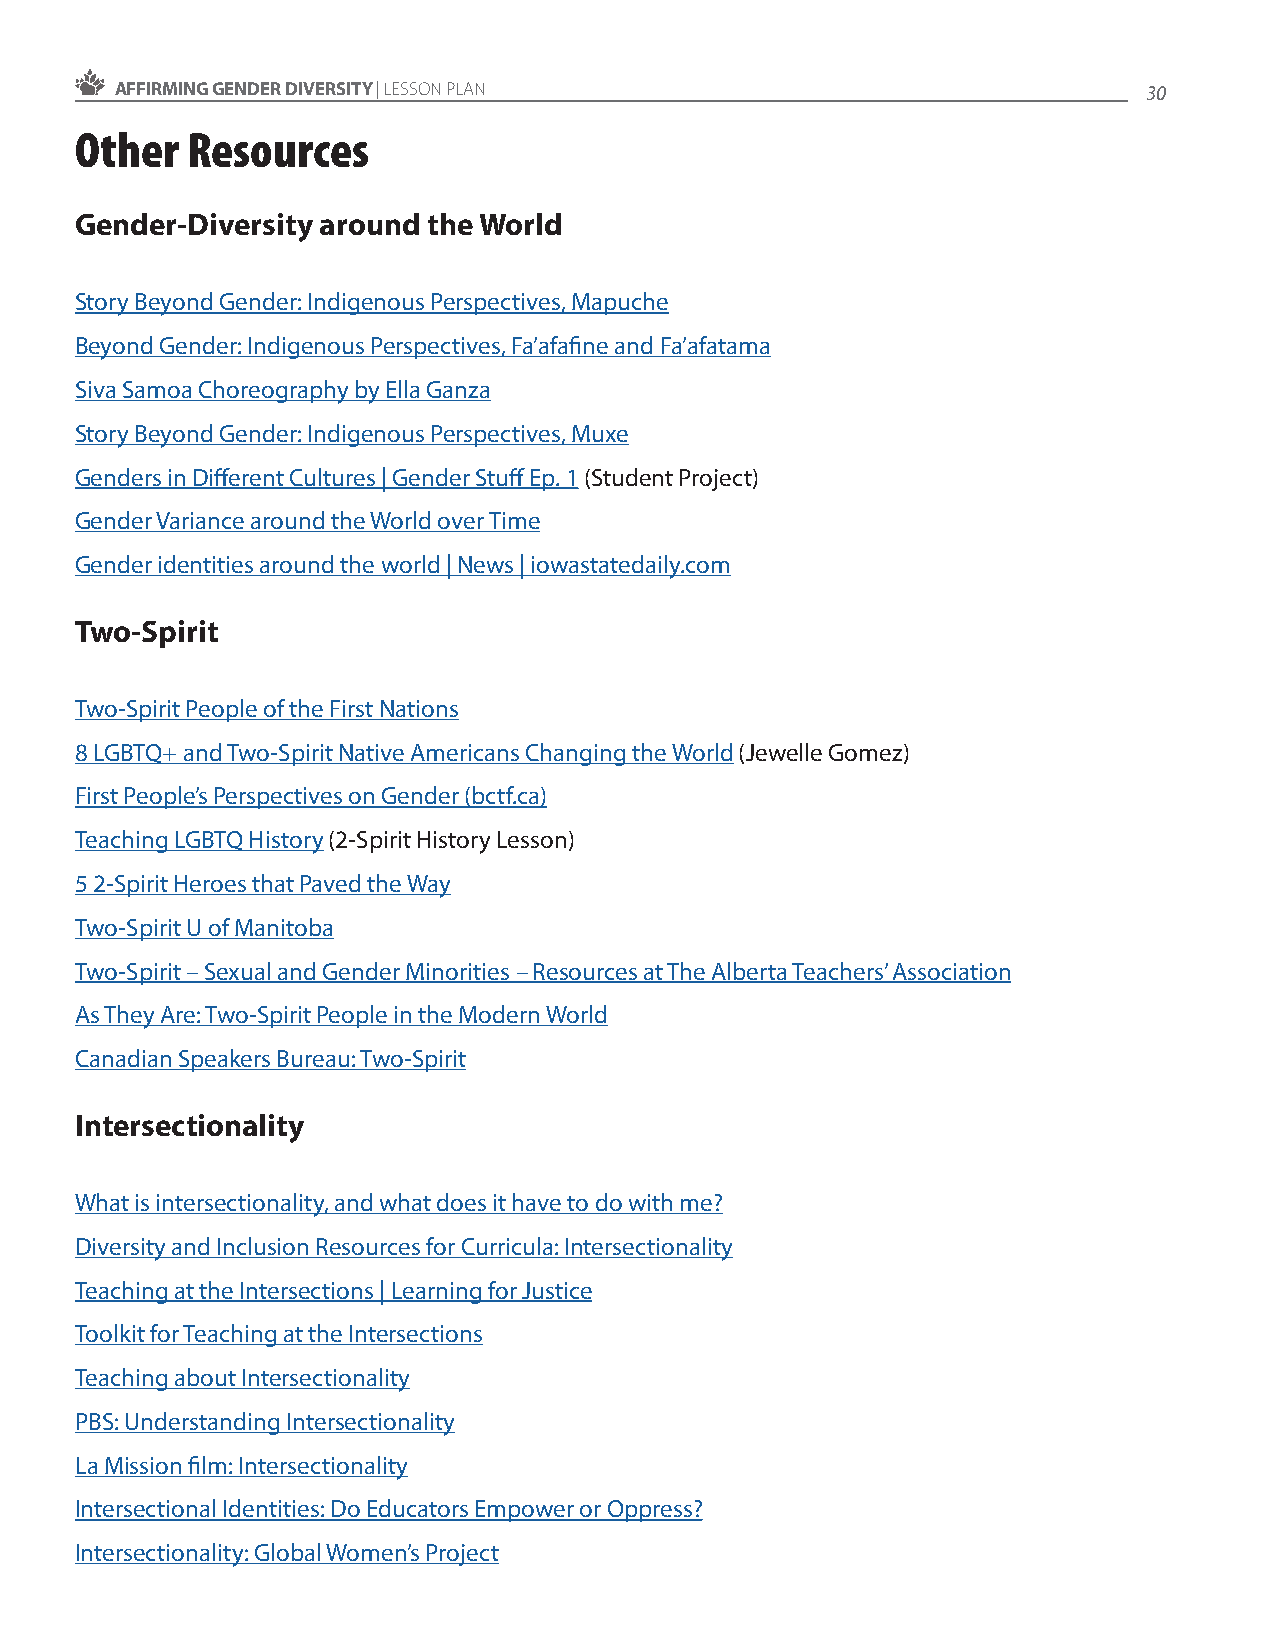
AFFIRMING GENDER DIVERSITY | LESSON PLAN                            30
 Other  Resources
 Gender-Diversity around the World
 Story Beyond Gender: Indigenous Perspectives, Mapuche
 Beyond Gender: Indigenous Perspectives, Fa’afafine and Fa’afatama
 Siva Samoa Choreography by Ella Ganza
 Story Beyond Gender: Indigenous Perspectives, Muxe
 Genders in Different Cultures | Gender Stuff Ep. 1 (Student Project)
 Gender Variance around the World over Time
 Gender identities around the world | News | iowastatedaily.com
 Two-Spirit
 Two-Spirit People of the First Nations
 8 LGBTQ+ and Two-Spirit Native Americans Changing the World (Jewelle Gomez)
 First People’s Perspectives on Gender (bctf.ca)
 Teaching LGBTQ History (2-Spirit History Lesson)
 5 2-Spirit Heroes that Paved the Way
 Two-Spirit U of Manitoba
 Two-Spirit – Sexual and Gender Minorities – Resources at The Alberta Teachers’ Association
 As They Are: Two-Spirit People in the Modern World
 Canadian Speakers Bureau: Two-Spirit
 Intersectionality
 What is intersectionality, and what does it have to do with me?
 Diversity and Inclusion Resources for Curricula: Intersectionality
 Teaching at the Intersections | Learning for Justice
 Toolkit for Teaching at the Intersections
 Teaching about Intersectionality
 PBS: Understanding Intersectionality
 La Mission film: Intersectionality
 Intersectional Identities: Do Educators Empower or Oppress?
 Intersectionality: Global Women’s Project